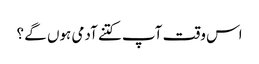
اس وقت آپ کتنے آدمی ہوں گے ؟